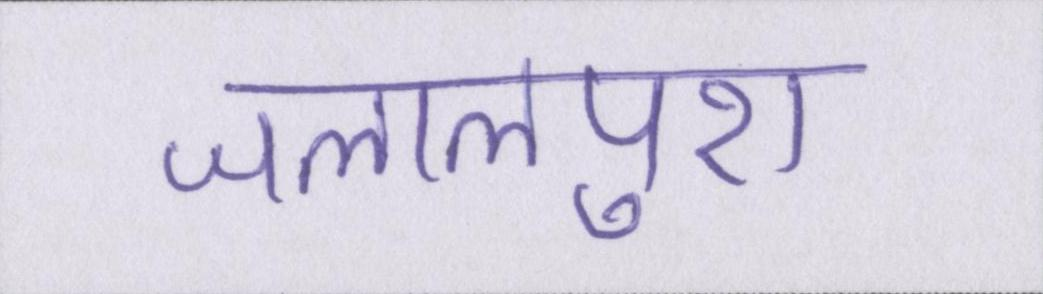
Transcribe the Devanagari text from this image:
जलालपुरा